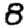
Digit: 8